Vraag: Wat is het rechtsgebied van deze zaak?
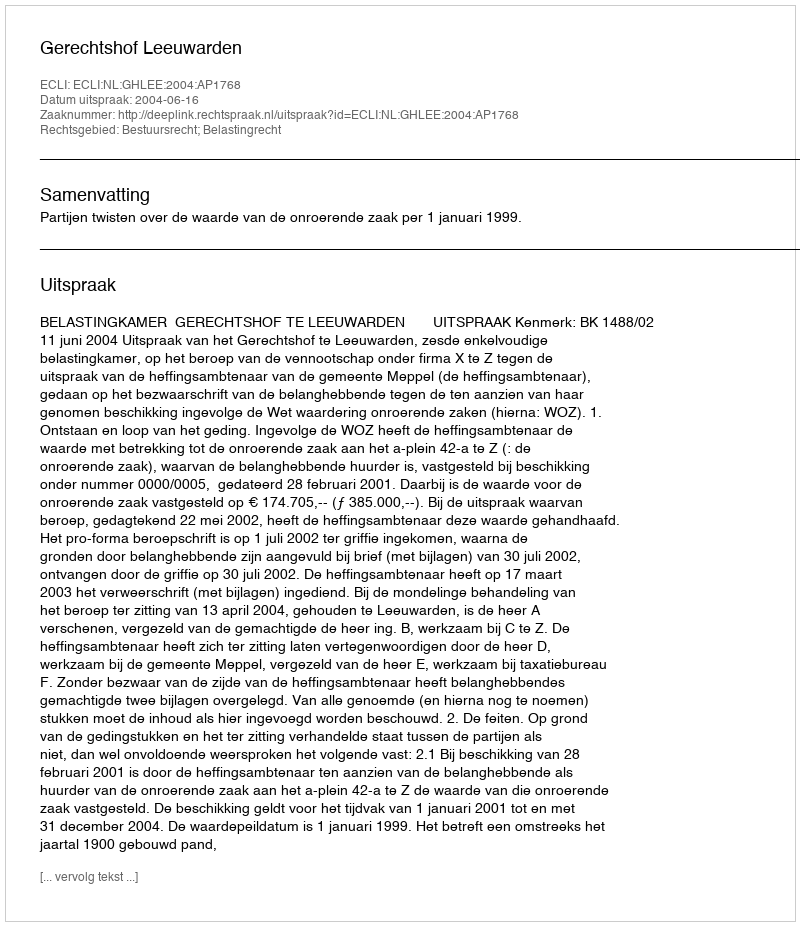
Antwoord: Bestuursrecht; Belastingrecht